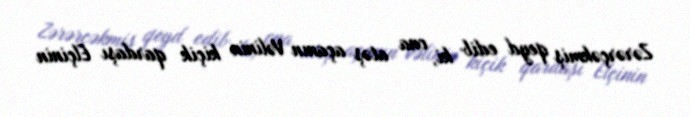
Zərərçəkmiş qeyd edib ki, ona atəş açanın Vəlinin kiçik qardaşı Elçinin